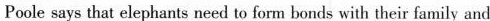
Poole says that elephants need to form bonds with their family and